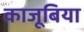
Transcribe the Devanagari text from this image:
काजूबिया